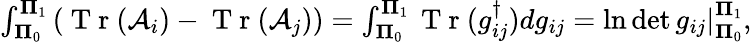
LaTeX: \begin{array}{r}{\int_{\mathbf\Pi_{0}}^{\mathbf\Pi_{1}}\left(\mathrm{~T~r~}(\mathcal{A}_{i})-\mathrm{~T~r~}(\mathcal{A}_{j})\right)=\int_{\mathbf\Pi_{0}}^{\mathbf\Pi_{1}}\mathrm{~T~r~}(g_{ij}^{\dagger})dg_{ij}=\left.\ln\operatorname*{det}g_{ij}\right|_{\mathbf\Pi_{0}}^{\mathbf\Pi_{1}},}\end{array}